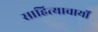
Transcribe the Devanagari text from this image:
साहित्याचार्यों